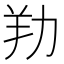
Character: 劷